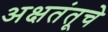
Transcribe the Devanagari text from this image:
अक्षतंतूचे